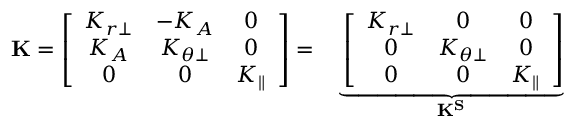
\begin{array} { r l } { \mathbf { K } = \left[ \begin{array} { c c c } { K _ { r \perp } } & { - K _ { A } } & { 0 } \\ { K _ { A } } & { K _ { \theta \perp } } & { 0 } \\ { 0 } & { 0 } & { K _ { \parallel } } \end{array} \right] = } & { { } \underbrace { \left[ \begin{array} { c c c } { K _ { r \perp } } & { 0 } & { 0 } \\ { 0 } & { K _ { \theta \perp } } & { 0 } \\ { 0 } & { 0 } & { K _ { \parallel } } \end{array} \right] } _ { \mathbf { K ^ { S } } } } \end{array}